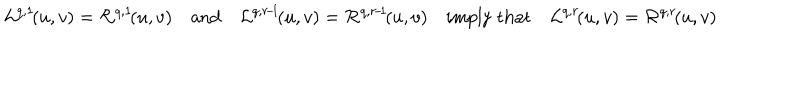
LaTeX: { \cal L } ^ { q , 1 } \! ( u , v ) = { \cal R } ^ { q , 1 } \! ( u , v ) \quad \mathrm { a n d } \quad { \cal L } ^ { q , r \! - \! 1 } \! ( u , v ) = { \cal R } ^ { q , r \! - \! 1 } \! ( u , v ) \quad \mathrm { i m p l y ~ t h a t } \quad { \cal L } ^ { q , r } \! ( u , v ) = { \cal R } ^ { q , r } \! ( u , v )